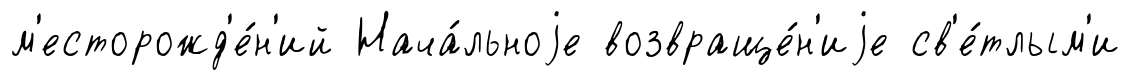
м'есторожд'е́н'ий Нача́льноjе возвраще́н'иjе св'е́тлым'и